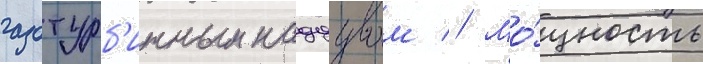
газотурб'инным наддувом // Мо́щность